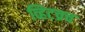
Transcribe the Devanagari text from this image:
व्हिटच्रच